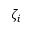
\zeta _ { i }